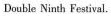
Double Ninth Festival.